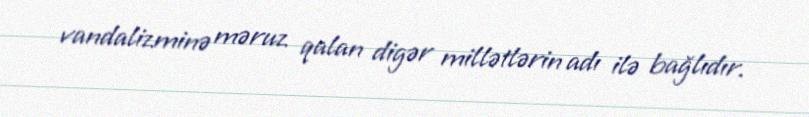
vandalizminə məruz qalan digər millətlərin adı ilə bağlıdır.